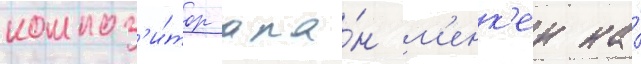
композ'и́тор ала́н м'енк'ен на́